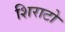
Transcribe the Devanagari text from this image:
शिराटो